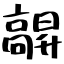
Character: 髜